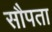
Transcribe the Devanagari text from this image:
सौपता